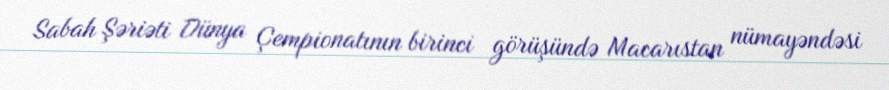
Sabah Şəriəti Dünya Çempionatının birinci görüşündə Macarıstan nümayəndəsi